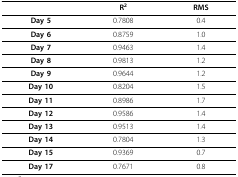
|  | R2 | RMS |
 | --- | --- | --- |
 | Day 5 | 0.7808 | 0.4 |
 | Day 6 | 0.8759 | 1.0 |
 | Day 7 | 0.9463 | 1.4 |
 | Day 8 | 0.9813 | 1.2 |
 | Day 9 | 0.9644 | 1.2 |
 | Day 10 | 0.8204 | 1.5 |
 | Day 11 | 0.8986 | 1.7 |
 | Day 12 | 0.9586 | 1.4 |
 | Day 13 | 0.9513 | 1.4 |
 | Day 14 | 0.7804 | 1.3 |
 | Day 15 | 0.9369 | 0.7 |
 | Day 17 | 0.7671 | 0.8 |